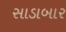
સાડાબાર